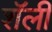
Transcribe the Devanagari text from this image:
शॅली